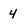
Character: 4